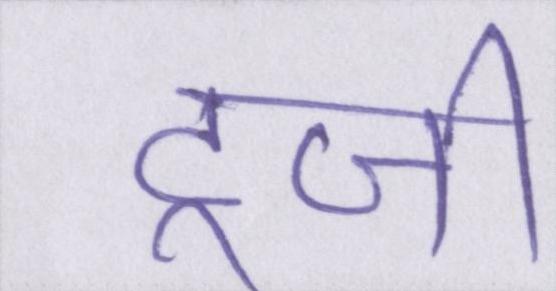
टूजी